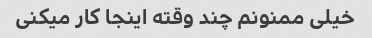
خیلی ممنونم چند وقته اینجا کار میکنی